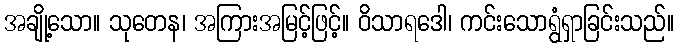
အချို့သော။ သုတေန၊ အကြားအမြင့်ဖြင့်။ ဝိသာရဒေါ၊ ကင်းသောရွံရှာခြင်းသည်။